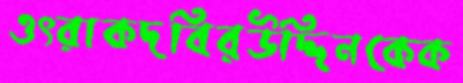
ওৎরাকদবিরউদ্দিনকেক